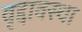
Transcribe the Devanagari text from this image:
वृद्दावस्था